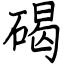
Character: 碣